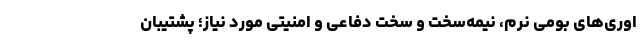
اوری‌های بومی نرم، نیمه‌سخت و سخت دفاعی و امنیتی مورد نیاز؛ پشتیبان